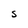
Character: S